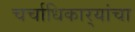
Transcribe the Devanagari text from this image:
चर्चाधिकार्‍यांचा